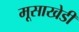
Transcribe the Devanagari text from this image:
मूसाखेडी